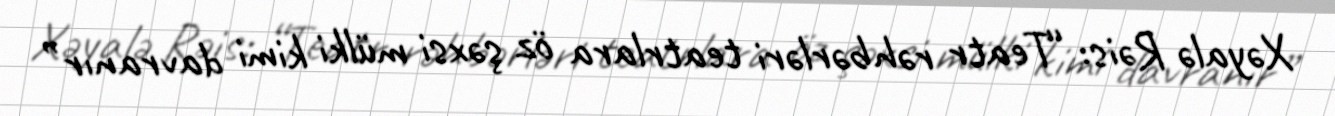
Xəyalə Rəis: “Teatr rəhbərləri teatrlara öz şəxsi mülki kimi davranır”